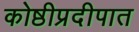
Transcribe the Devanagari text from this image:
कोष्ठीप्रदीपात